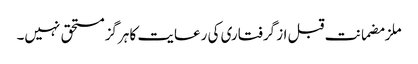
ملزمضمانت قبل از گرفتاری کی رعایت کا ہرگز مستحق نہیں۔